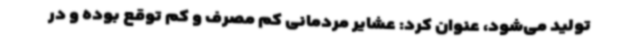
تولید می‌شود، عنوان کرد: عشایر مردمانی کم مصرف و کم توقع بوده و در